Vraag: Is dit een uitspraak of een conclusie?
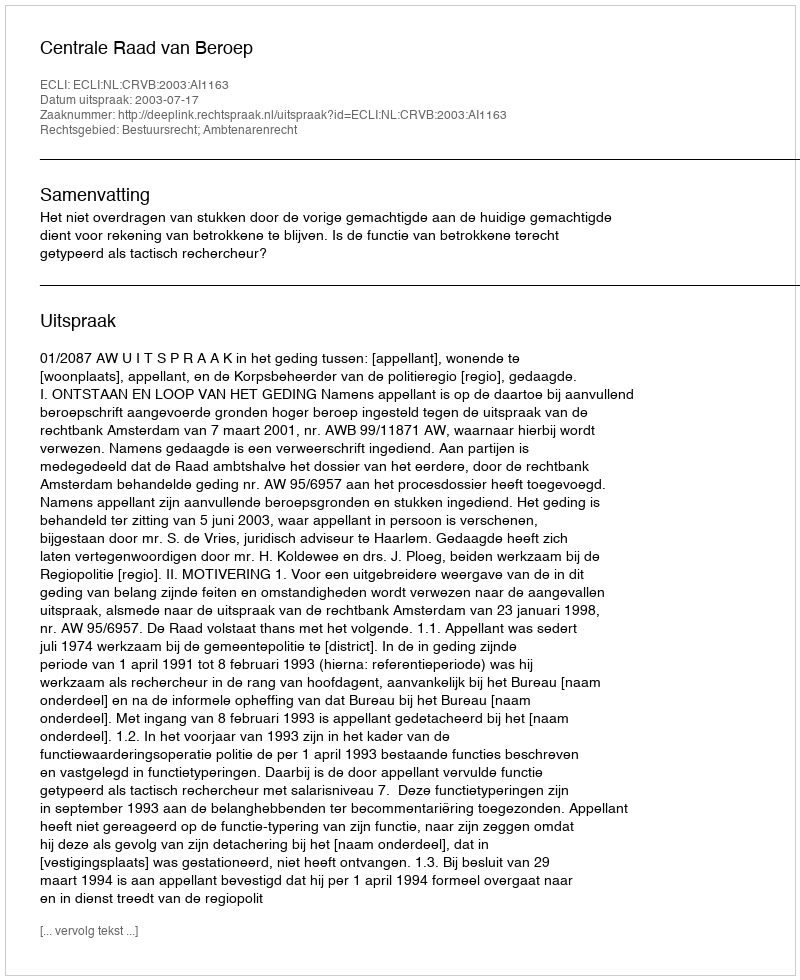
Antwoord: Uitspraak